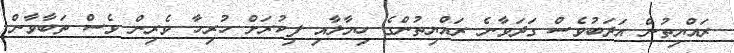
ރައްޔިތުން އަދަބުވެސް ގަދަވާނެ ރައްޔިތުންގެ ހިޔާލާއި ފިކުރަށް ހުރިހާ ވެރިން ވެސް ތަބާވާން